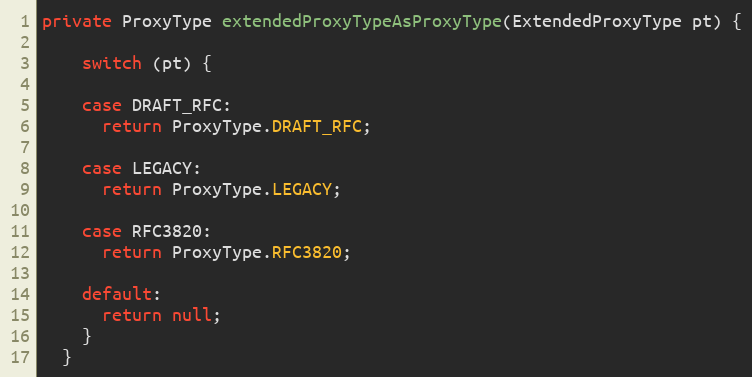
Language: Java
private ProxyType extendedProxyTypeAsProxyType(ExtendedProxyType pt) {

    switch (pt) {

    case DRAFT_RFC:
      return ProxyType.DRAFT_RFC;

    case LEGACY:
      return ProxyType.LEGACY;

    case RFC3820:
      return ProxyType.RFC3820;

    default:
      return null;
    }
  }